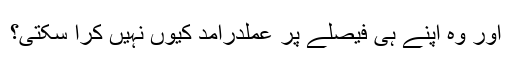
اور وہ اپنے ہی فیصلے پر عملدرآمد کیوں نہیں کرا سکتی؟